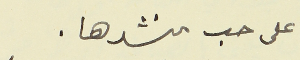
على حب منشدها.